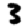
Digit: 3